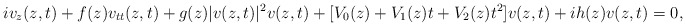
\begin{align*} iv_z(z,t)+f(z) v_{tt}(z,t)+g(z)|v(z,t)|^2v(z,t) + [V_0(z)+V_1(z)t+V_2(z)t^2]v(z,t)+ih(z)v(z,t)=0,\end{align*}